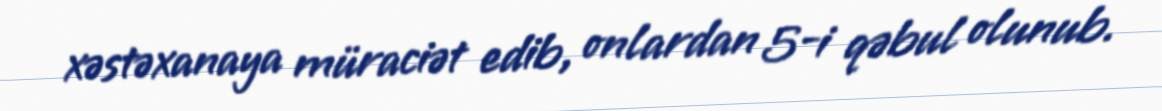
xəstəxanaya müraciət edib, onlardan 5-i qəbul olunub.